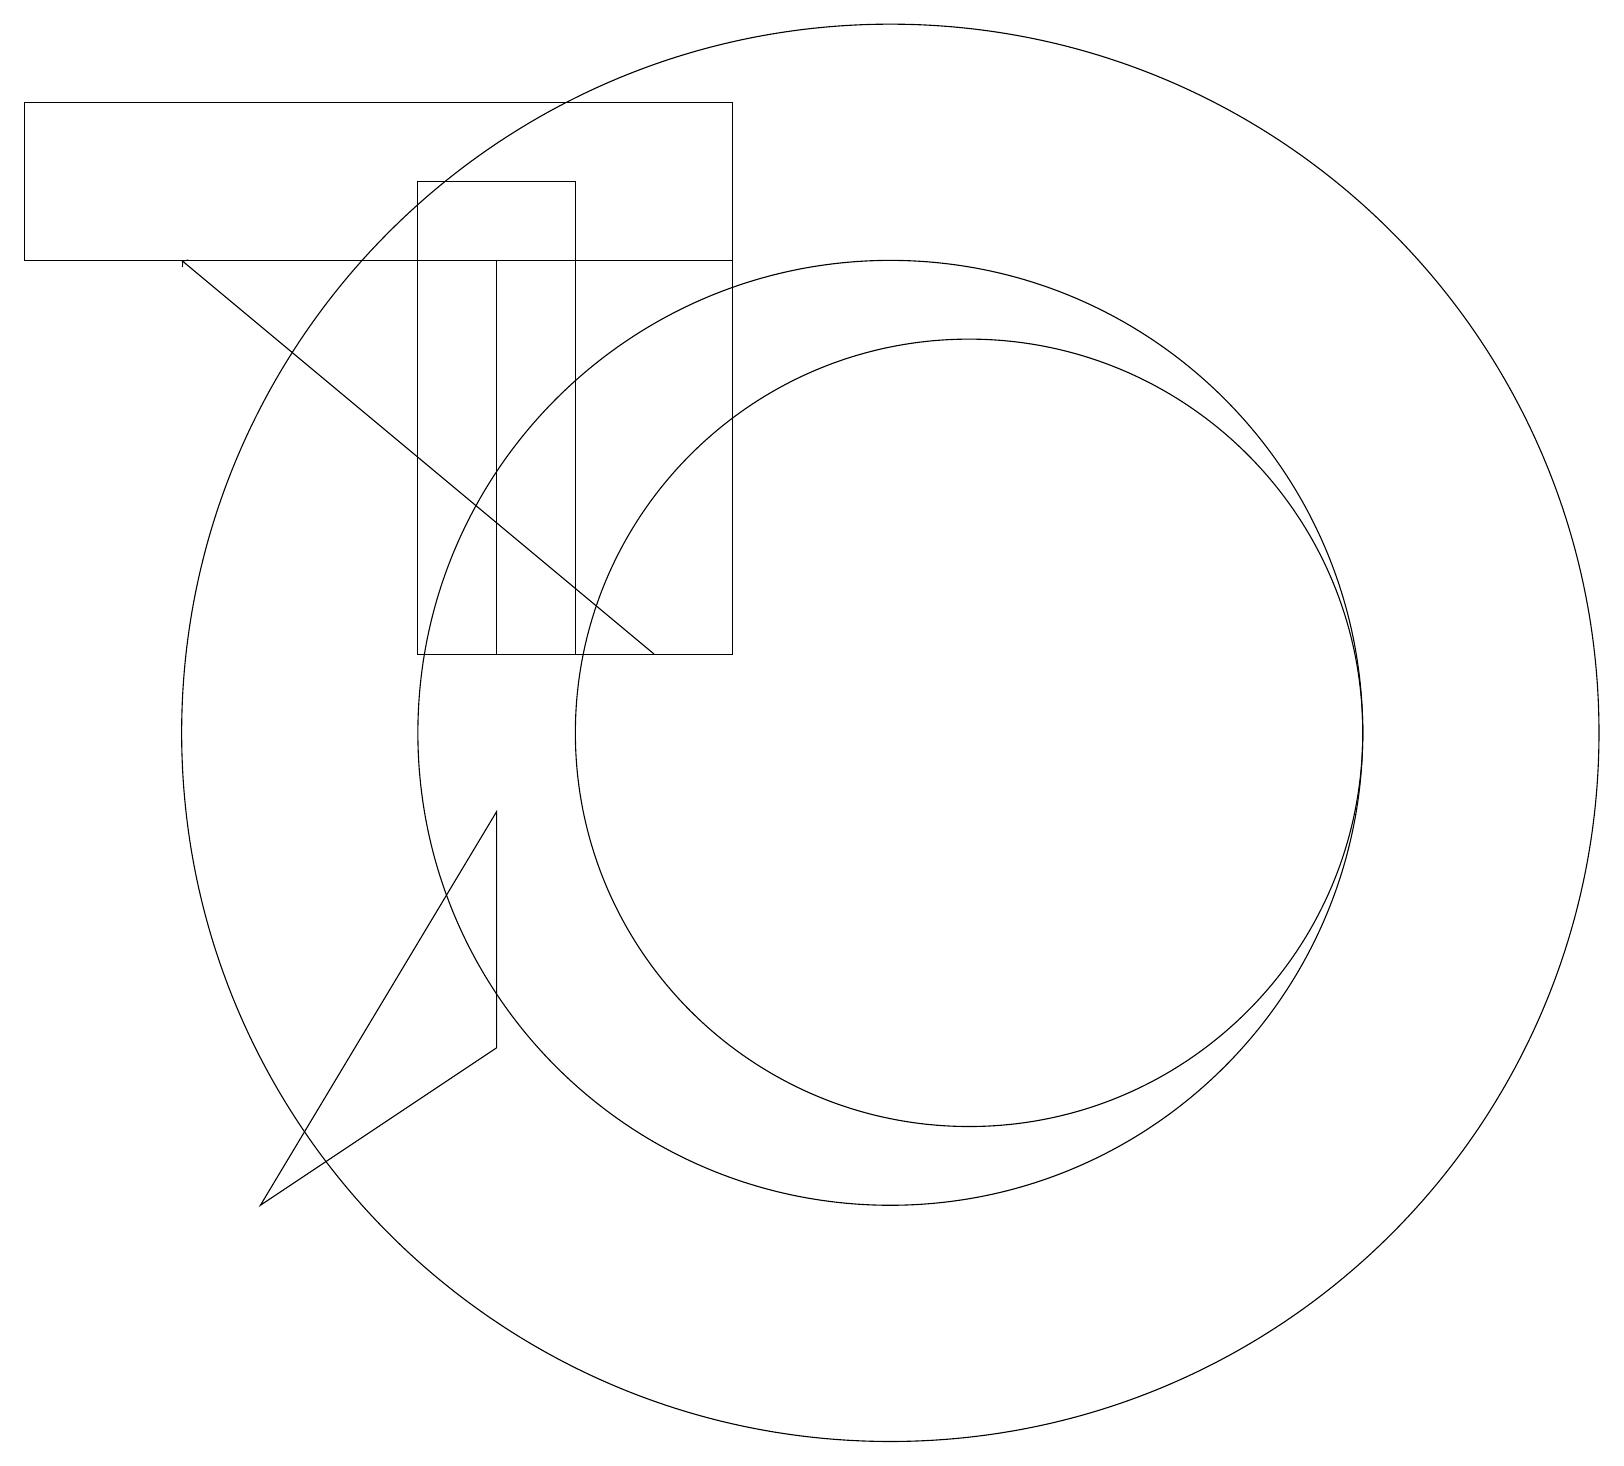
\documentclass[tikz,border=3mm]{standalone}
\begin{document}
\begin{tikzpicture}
\draw (6,11) rectangle (9,16);
\draw (7,17) rectangle (5,11);
\draw (11,10) circle (6);
\draw (9,16) rectangle (0,18);
\draw (12,10) circle (5);
\draw[->] (8,11) -- (2,16);
\draw (11,10) circle (9);
\draw (6,6) -- (3,4) -- (6,9) -- cycle;
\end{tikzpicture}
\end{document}